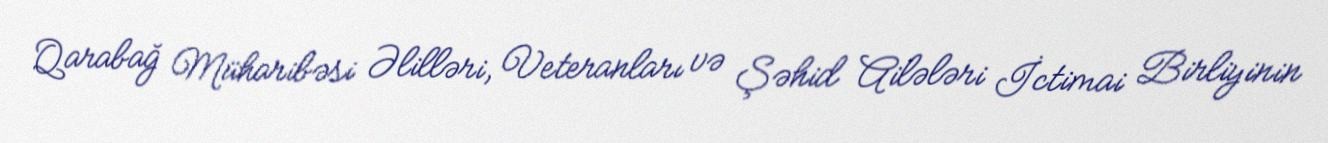
Qarabağ Müharibəsi Əlilləri, Veteranları və Şəhid Ailələri İctimai Birliyinin